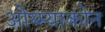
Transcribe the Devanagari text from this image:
ओय्म्याकोन